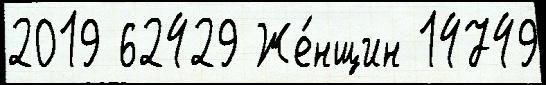
2019 62429 Же́нщин 14749